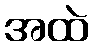
အထဲ